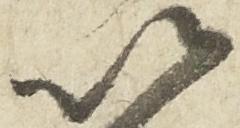
以